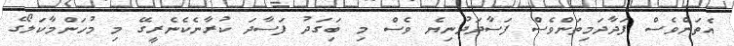
އެތަންވެސް ފަދާދަމިތަންވެސް ފަސާދަދުނިޔެ ވެސް މި ބަިގަދު ފަސާދަ ކުރާނެކެނެރީގޭ މި މުހަންމާކަލޯގެ